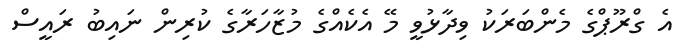
އެ ގްރޫޕްގެ މެންބަރަކު ވިދާޅުވީ މޭ އެކެއްގެ މުޒާހަރާގެ ކުރިން ނައިބު ރައީސް